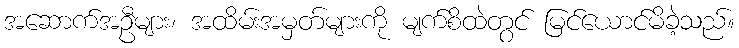
အဆောက်အဦများ၊ အထိမ်းအမှတ်များကို မျက်စိထဲတွင် မြင်ယောင်မိခဲ့သည်။